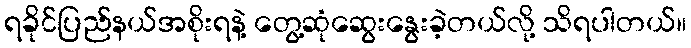
ရခိုင်ပြည်နယ်အစိုးရနဲ့ တွေ့ဆုံဆွေးနွေးခဲ့တယ်လို့ သိရပါတယ်။